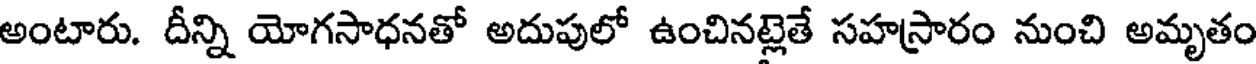
అంటారు. దీన్ని యోగసాధనతో అదుపులో ఉంచినట్లెతే సహస్రారం నుంచి అమృతం